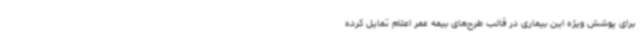
برای پوشش ویژه این بیماری در قالب طرح‌های بیمه عمر اعلام تمایل کرده